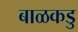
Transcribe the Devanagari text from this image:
बाळकडु